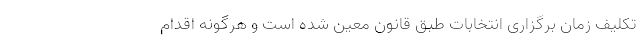
تکلیف زمان برگزاری انتخابات طبق قانون معین شده است و هرگونه اقدام